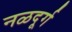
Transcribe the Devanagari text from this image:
नळदूर्ग